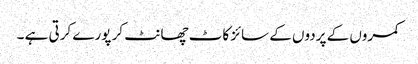
کمروں کے پردوں کے سائز کاٹ چھانٹ کر پورے کرتی ہے ۔